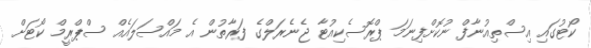
ކޯޓުގައި އިސްތިއުނާފް ނުކޮށްފިނަމަ ޕްރޮސެކިއުޓާ ޖެނެރަލްގެ ފަރާތުން އެ މައްސަލައެއް ސްޕްރީމް ކޯޓަށް